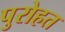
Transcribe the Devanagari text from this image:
पुरोहत